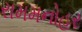
રામમનોહર